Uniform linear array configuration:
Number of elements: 4
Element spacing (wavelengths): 0.75
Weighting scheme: hamming
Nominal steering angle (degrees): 60
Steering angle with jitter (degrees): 59.573
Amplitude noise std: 0.05
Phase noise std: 0.05

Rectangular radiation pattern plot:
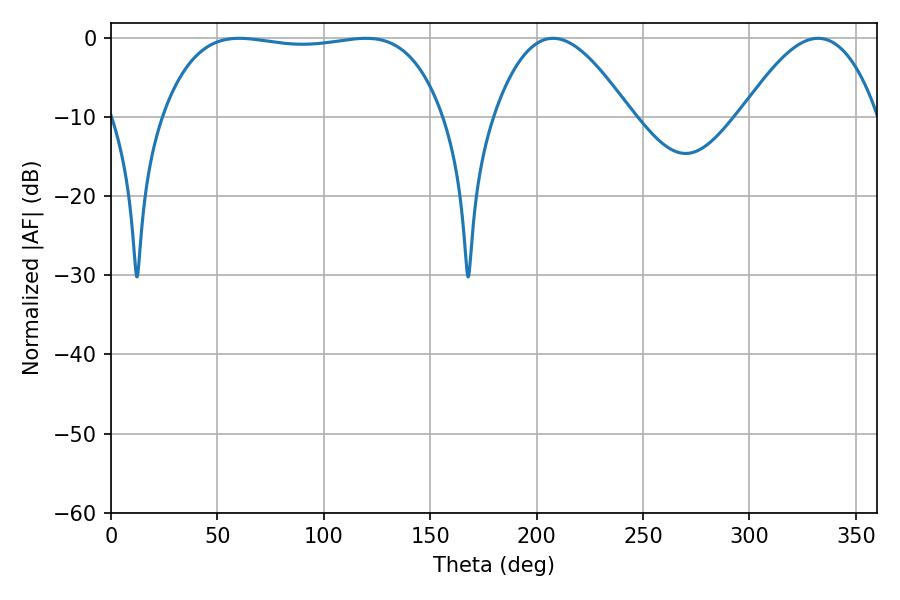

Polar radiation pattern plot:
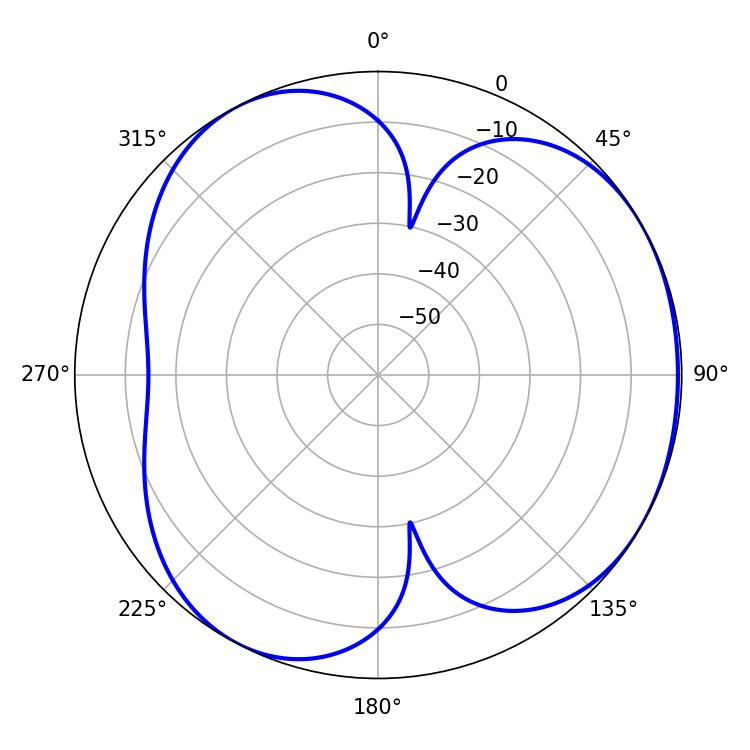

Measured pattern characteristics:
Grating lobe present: TRUE
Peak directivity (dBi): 3.93
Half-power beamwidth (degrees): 34.74
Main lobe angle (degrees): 207.72